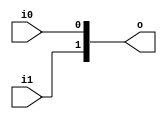
module DataCombin2(i0, i1, o);

	parameter data_width = 1;

	input[data_width - 1 : 0] i0, i1;
	output[2 * data_width - 1 : 0] o;

	assign o = {i1, i0};

endmodule